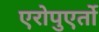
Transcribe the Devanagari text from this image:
एरोपुएर्तो